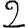
Digit: 2